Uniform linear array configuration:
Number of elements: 24
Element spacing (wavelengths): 0.25
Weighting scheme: hamming
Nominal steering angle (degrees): -30
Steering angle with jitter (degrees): -29.565
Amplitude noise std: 0.05
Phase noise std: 0.05

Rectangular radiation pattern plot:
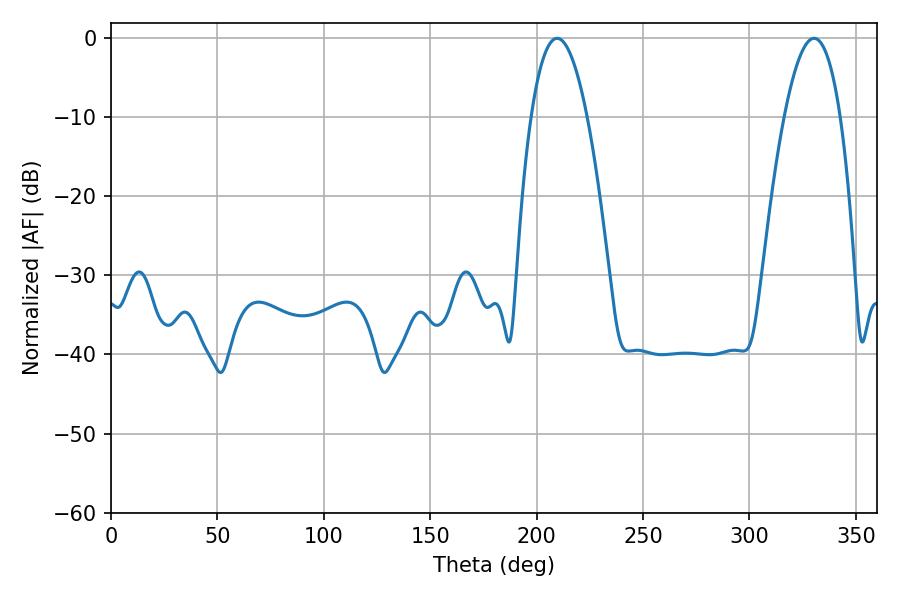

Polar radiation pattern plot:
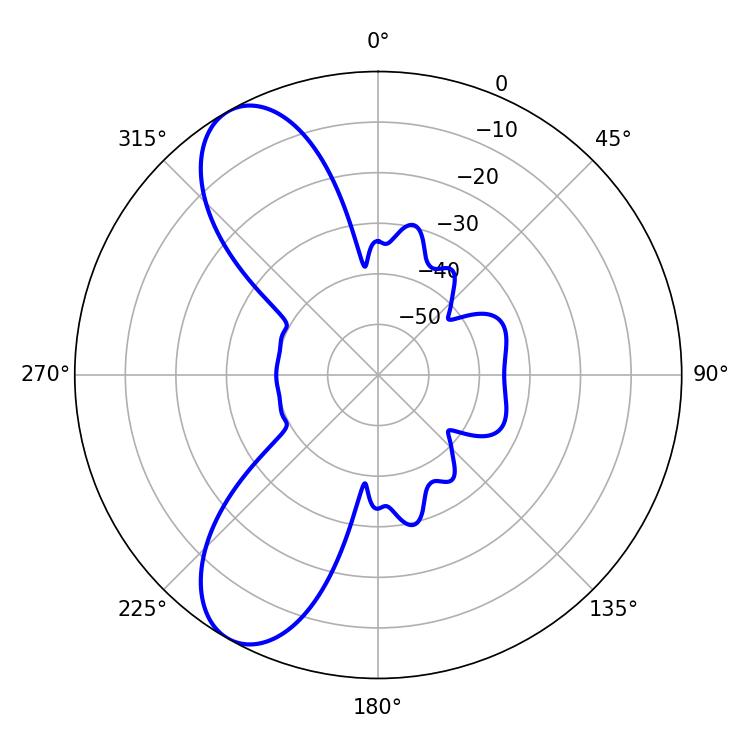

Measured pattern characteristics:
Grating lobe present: FALSE
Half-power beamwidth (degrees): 14.58
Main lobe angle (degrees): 209.7